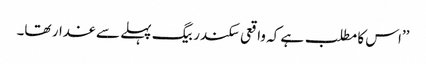
’’اس کا مطلب ہے کہ واقعی سکندر بیگ پہلے سے غدار تھا۔